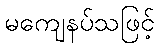
မကျေနပ်သဖြင့်